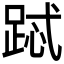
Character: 𲃧